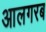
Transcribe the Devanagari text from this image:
आलगरब